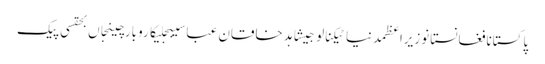
پاکستانافغانستانوزیراعظمدنیاٹیکنالوجیشاہد خاقان عباسیبجلیکاروبارچینجاں بحقسی پیک